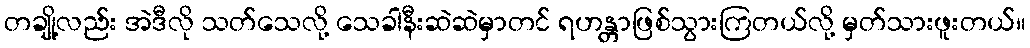
တချို့လည်း အဲဒီလို သတ်သေလို့ သေခါနီးဆဲဆဲမှာတင် ရဟန္တာဖြစ်သွားကြတယ်လို့ မှတ်သားဖူးတယ်။